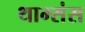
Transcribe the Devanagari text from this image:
थाम्संस